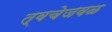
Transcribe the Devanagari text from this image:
त्वचेजवळ